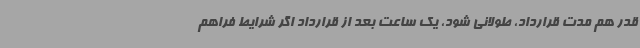
قدر هم مدت قرارداد، طولانی شود، یک ساعت بعد از قرارداد اگر شرایط فراهم